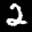
Label: 2